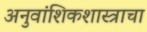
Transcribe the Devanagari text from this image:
अनुवांशिकशास्त्राचा